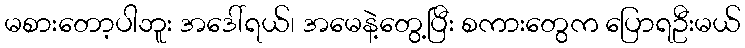
မစားတော့ပါဘူး အဒေါ်ရယ်၊ အမေနဲ့တွေ့ပြီး စကားတွေက ပြောရဦးမယ်